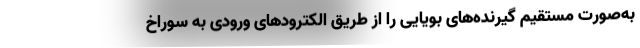
به‌صورت مستقیم گیرنده‌های بویایی را از طریق الکترودهای ورودی به سوراخ